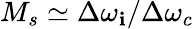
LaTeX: M_{s}\simeq\Delta\omega_{\mathbf{i}}/\Delta\omega_{c}